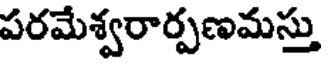
పరమేశ్వరార్పణమస్తు